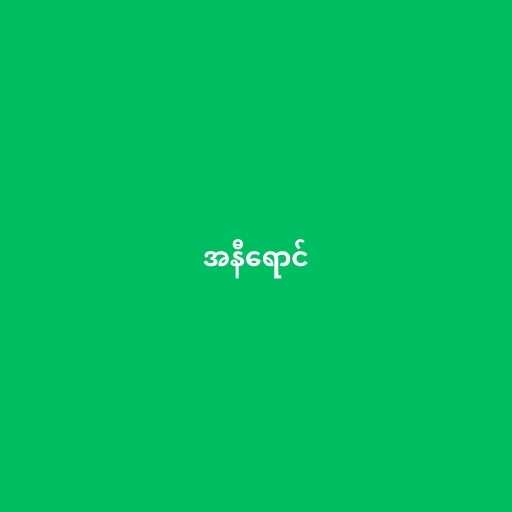
အနီရောင်